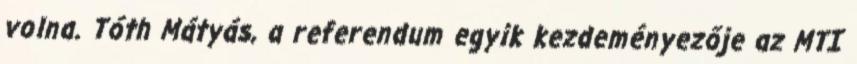
volna. Tóth Mátyás, a referendum egyik kezdeményezője az MTI